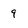
Character: 9